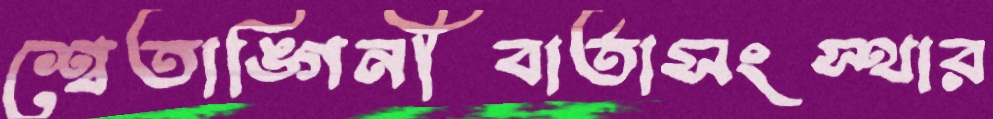
শ্বেতাঙ্গিনীবার্তাসংস্থার